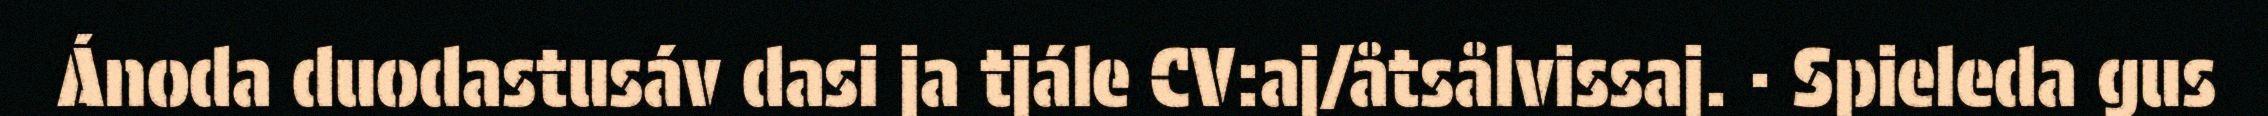
Ánoda duodastusáv dasi ja tjále CV:aj/åtsålvissaj. · Spieleda gus